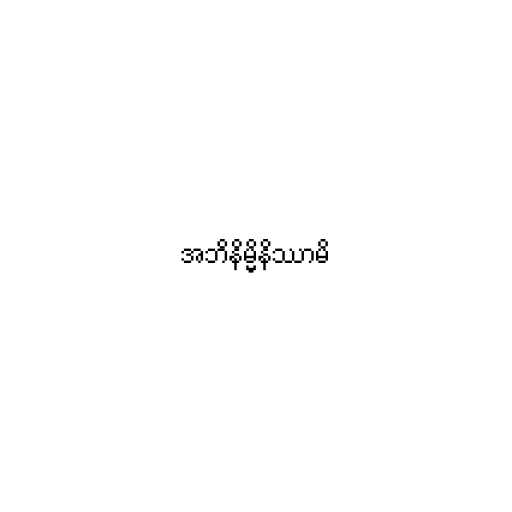
အဘိနိမ္မိနိဿာမိ